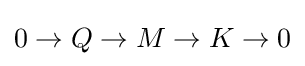
0\rightarrow Q\rightarrow M\rightarrow K\rightarrow 0